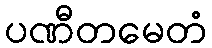
ပဏီတမေတံ